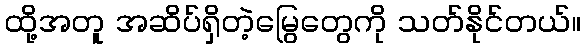
ထို့အတူ အဆိပ်ရှိတဲ့မြွေတွေကို သတ်နိုင်တယ်။